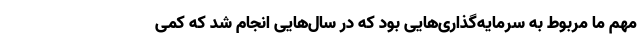
مهم ما مربوط به سرمایه‌گذاری‌هایی بود که در سال‌هایی انجام شد که کمی